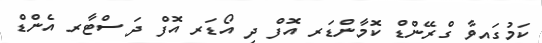
ކަމުގައިވާ ގްރޭންޑް ކޮމާންޑަރ އޮފް ދި އޯޑަރ އޮފް ދަ ސްޓާރ އެންޑް